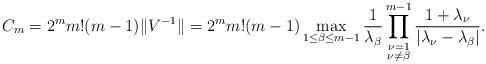
LaTeX: \begin{align*}C_m = 2^m m! (m-1) \|V^{-1}\| = 2^m m! (m-1) \max_{1\leq \beta\leq m-1} \frac{1}{\lambda_{\beta}} \prod_{\substack{\nu=1 \\\nu\neq\beta}}^{m-1} \frac{1+\lambda_{\nu}}{|\lambda_{\nu} - \lambda_{\beta}|}.\end{align*}